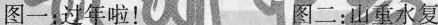
图一过年啦！ 图二：山重水复